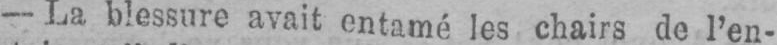
- La blessure avait entamé les chairs de l’en-